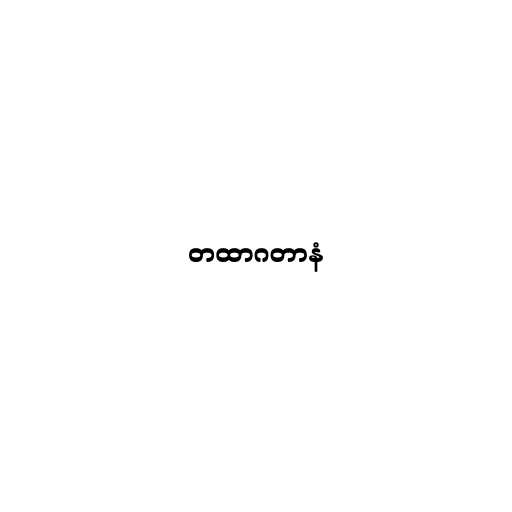
တထာဂတာနံ